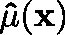
\mathbf { \hat { \mu } } ( \mathbf { x } )